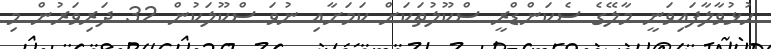
ހުޅުވާލާފައިވަނީ މާލޭގެ ސެކަންޑްރީ ސްކޫލުތަކަށް ކަމަށާއި ނުވަ ސްކޫލަކުން 32 ދަރިވަރުން މި